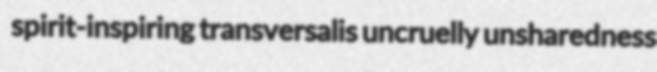
spirit-inspiring transversalis uncruelly unsharedness